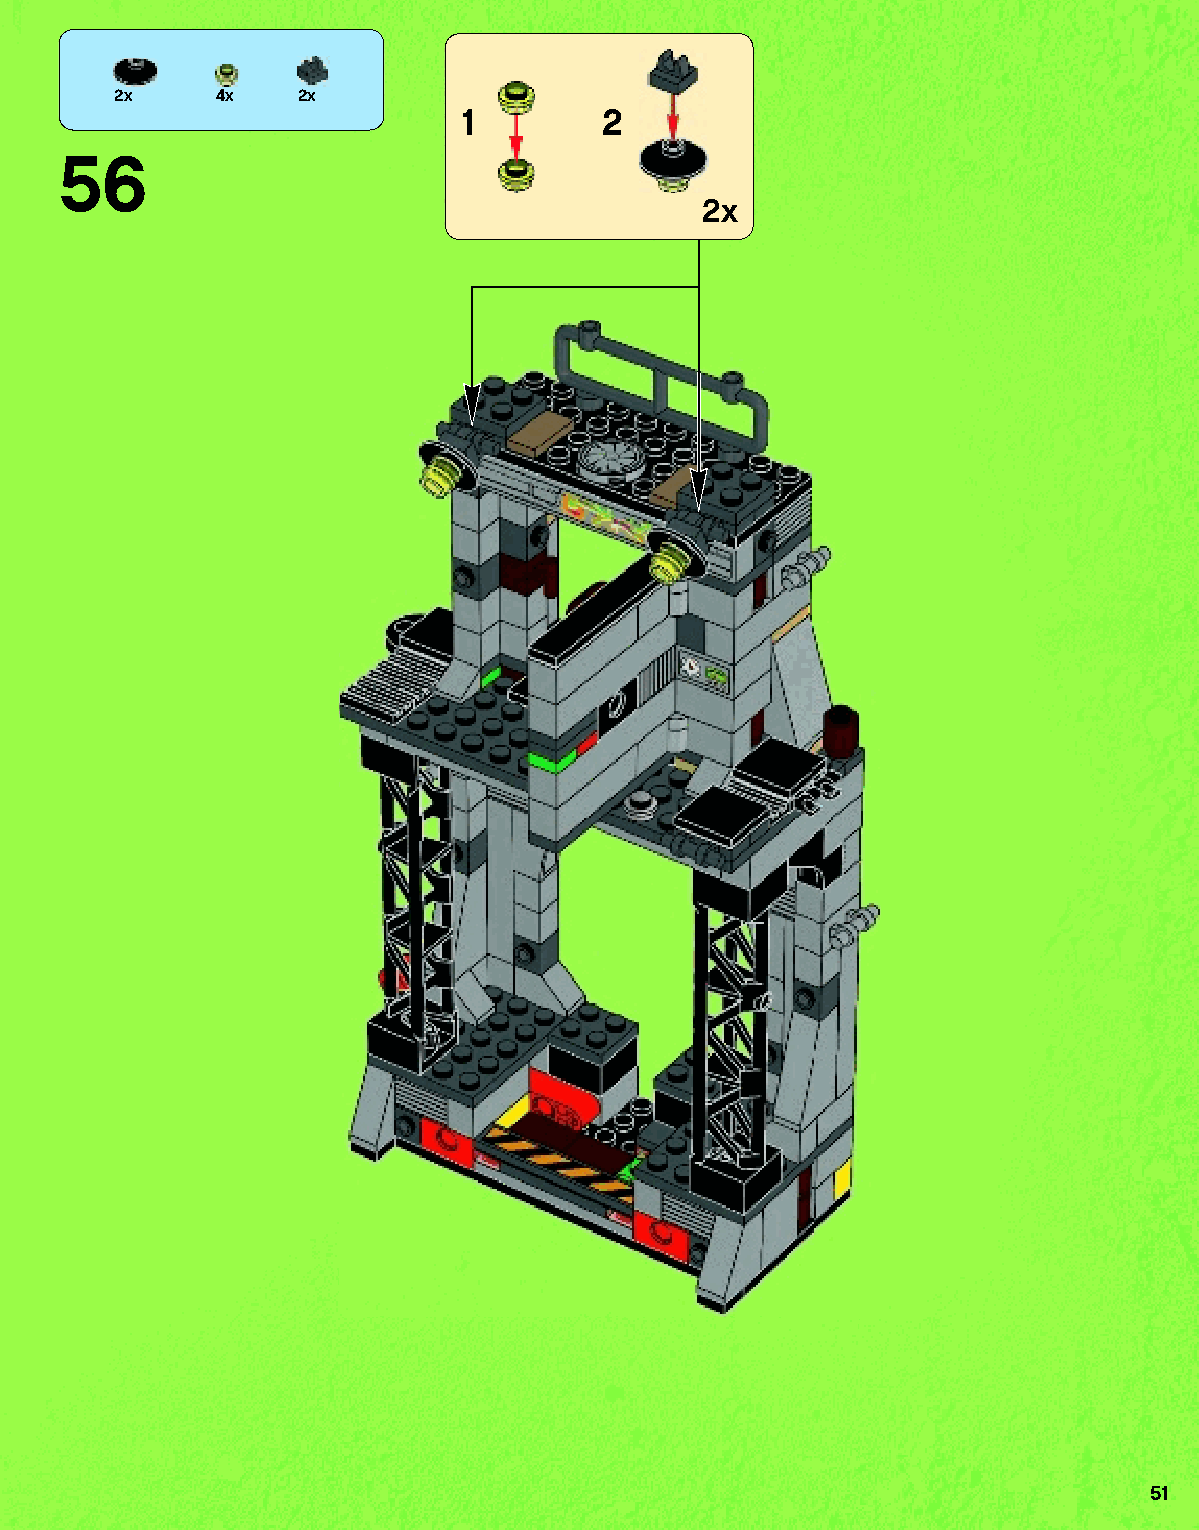
2x    4x    2x
 1        2
 56
 2x
 51
 79117_Book1.indd 51                                               01/11/2013 4:34 PM